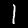
Digit: 1